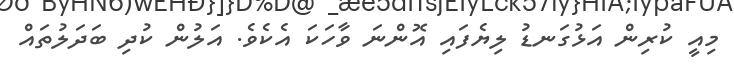
މިއީ ކުރިން އަޅުގަނޑު ލިޔެފައި އޮންނަ ވާހަކަ އެކެވެ. އަލުން ކުދި ބަދަލުތައް